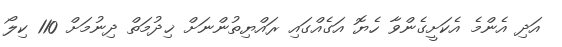
އަދި އެންމެ އެކަށީގެންވާ ހެޔޮ އަގެއްގައި ރައްޔިތުންނަށް ޚިދުމަތް ދިނުމަށް 110 ކިލޯ